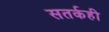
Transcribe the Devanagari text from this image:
सतर्कही